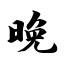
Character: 晚